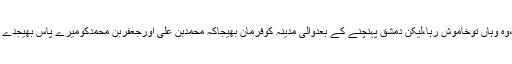
اس خطبہ کی اطلاع ہشام کودی گئی ،وہ وہاں توخاموش رہا،لیکن دمشق پہنچنے کے بعدوالی مدینہ کوفرمان بھیجاکہ محمدبن علی اورجعفربن محمدکومیرے پاس بھیجدے ، چنانچہ آپ حضرات دمشق پہنچے ۔